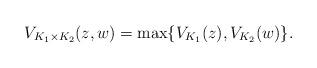
LaTeX: \begin{align*} V_{K_1\times K_2}(z,w) = \max\{V_{K_1}(z),V_{K_2}(w)\}.\end{align*}